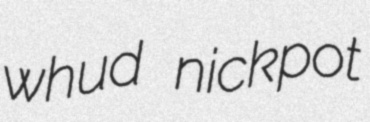
whud nickpot